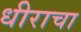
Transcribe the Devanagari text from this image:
धीराचा